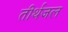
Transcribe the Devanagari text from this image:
तीर्थजल